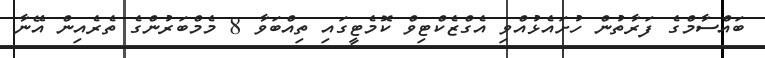
ބައްސާމްގެ ފަރާތުން ހުށައެޅުއްވި އެގްޒެކްޓިވް ކޮމެޓީގައި ތިއްބަވާ 8 މެމްބަރުންގެ ތެރެއިން އޭނާ